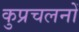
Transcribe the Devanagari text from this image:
कुप्रचलनों